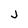
Character: j